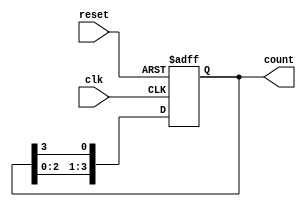
module ring_counter (
    input wire clk,              // Clock signal
    input wire reset,            // Asynchronous reset
    output reg [n-1:0] count     // Ring counter output
);
    parameter n = 4;             // Number of flip-flops (change as required)

    always @(posedge clk or posedge reset) begin
        if (reset) begin
            count <= 1'b1;       // Initialize the ring counter
        end else begin
            count <= {count[n-2:0], count[n-1]}; // Shift left and wrap around
        end
    end
endmodule